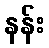
နန်း